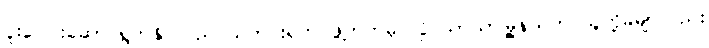
ပူးပေါင်းဆောင်ရွက်နိုင်သည် သတင်းရဲတပ်ဖွဲ့ဘက်မှ လှိုင်သာယာမြို့နယ်က သူတို့ခမျာလည်း